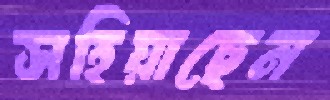
সহিয়াছেন